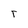
Character: T